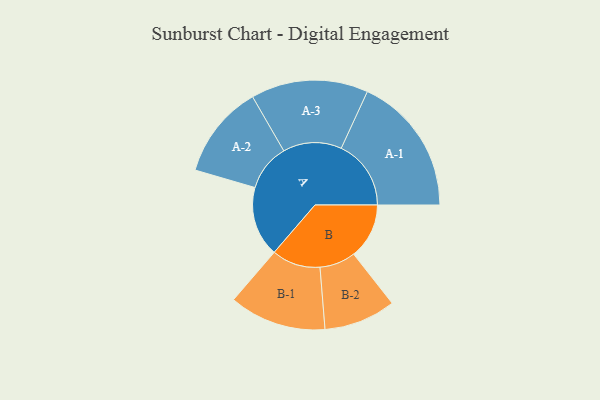
{"axis": {"x": "Segment", "y": "Value"}, "legend": ["", "A", "B"], "data": [{"x": "A", "y": 244, "type": ""}, {"x": "B", "y": 193, "type": ""}, {"x": "A-1", "y": 243, "type": "A"}, {"x": "A-2", "y": 163, "type": "A"}, {"x": "A-3", "y": 204, "type": "A"}, {"x": "B-1", "y": 169, "type": "B"}, {"x": "B-2", "y": 125, "type": "B"}]}